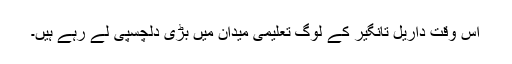
اس وقت داریل تانگیر کے لوگ تعلیمی میدان میں بڑی دلچسپی لے رہے ہیں۔